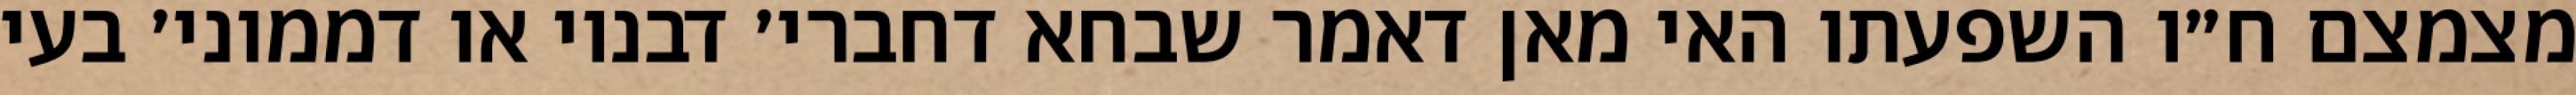
מצמצם ח״ו השפעתו האי מאן דאמר שבחא דחברי׳ דבנוי או דממוני׳ בעי